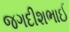
જગદીશભાઈ